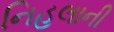
નિહલાની